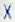
X